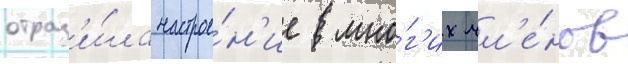
отраз'и́ла настрое́н'ие мно́г'их чл'е́нов